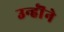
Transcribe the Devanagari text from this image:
उन्हॊंने